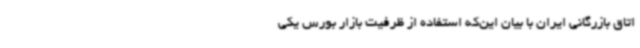
اتاق بازرگانی ایران با بیان این‌که استفاده از ظرفیت بازار بورس یکی